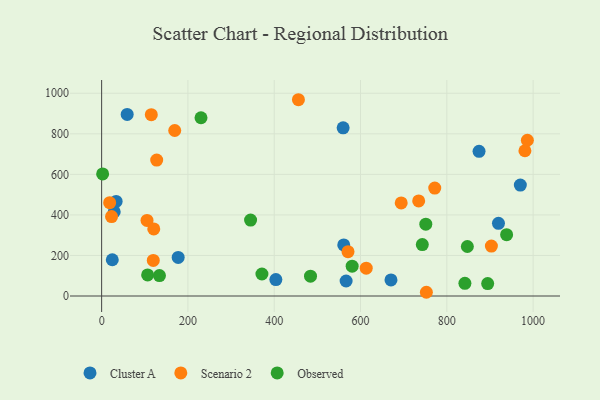
{"axis": {"x": "Speed", "y": "Exam Score"}, "legend": ["Cluster A", "Observed", "Scenario 2"], "data": [{"x": "970.4", "y": 547.2, "type": "Cluster A"}, {"x": "566.6", "y": 74.1, "type": "Cluster A"}, {"x": "919.7", "y": 358.6, "type": "Cluster A"}, {"x": "59.2", "y": 895.8, "type": "Cluster A"}, {"x": "874.7", "y": 713.5, "type": "Cluster A"}, {"x": "29.2", "y": 415.5, "type": "Cluster A"}, {"x": "559.7", "y": 829.4, "type": "Cluster A"}, {"x": "403.8", "y": 80.9, "type": "Cluster A"}, {"x": "33.6", "y": 466.7, "type": "Cluster A"}, {"x": "670.6", "y": 79.2, "type": "Cluster A"}, {"x": "177.4", "y": 190.1, "type": "Cluster A"}, {"x": "24.7", "y": 178.8, "type": "Cluster A"}, {"x": "561.1", "y": 251.9, "type": "Cluster A"}, {"x": "169.4", "y": 816.3, "type": "Scenario 2"}, {"x": "772.0", "y": 532.6, "type": "Scenario 2"}, {"x": "23.0", "y": 391.6, "type": "Scenario 2"}, {"x": "903.3", "y": 246.4, "type": "Scenario 2"}, {"x": "115.1", "y": 894.7, "type": "Scenario 2"}, {"x": "105.2", "y": 372.9, "type": "Scenario 2"}, {"x": "127.6", "y": 670.6, "type": "Scenario 2"}, {"x": "119.7", "y": 175.5, "type": "Scenario 2"}, {"x": "571.0", "y": 218.8, "type": "Scenario 2"}, {"x": "694.3", "y": 459.0, "type": "Scenario 2"}, {"x": "981.0", "y": 716.4, "type": "Scenario 2"}, {"x": "986.7", "y": 768.2, "type": "Scenario 2"}, {"x": "752.6", "y": 18.4, "type": "Scenario 2"}, {"x": "18.6", "y": 460.3, "type": "Scenario 2"}, {"x": "120.8", "y": 330.8, "type": "Scenario 2"}, {"x": "613.2", "y": 137.3, "type": "Scenario 2"}, {"x": "456.1", "y": 968.2, "type": "Scenario 2"}, {"x": "734.8", "y": 469.2, "type": "Scenario 2"}, {"x": "743.2", "y": 253.9, "type": "Observed"}, {"x": "2.3", "y": 602.1, "type": "Observed"}, {"x": "580.6", "y": 147.1, "type": "Observed"}, {"x": "106.6", "y": 104.2, "type": "Observed"}, {"x": "841.9", "y": 62.4, "type": "Observed"}, {"x": "938.6", "y": 302.7, "type": "Observed"}, {"x": "230.3", "y": 879.4, "type": "Observed"}, {"x": "134.0", "y": 100.9, "type": "Observed"}, {"x": "894.7", "y": 61.1, "type": "Observed"}, {"x": "847.6", "y": 244.1, "type": "Observed"}, {"x": "345.2", "y": 374.4, "type": "Observed"}, {"x": "371.5", "y": 108.6, "type": "Observed"}, {"x": "484.1", "y": 97.7, "type": "Observed"}, {"x": "751.3", "y": 354.3, "type": "Observed"}]}